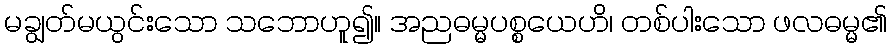
မချွတ်မယွင်းသော သဘောဟူ၍။ အညဓမ္မပစ္စယေဟိ၊ တစ်ပါးသော ဖလဓမ္မ၏